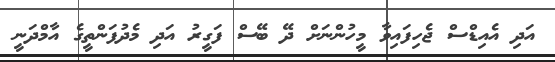
އަދި އެއިޑްސް ޖެހިފައިވާ މީހުންނަށް ދޭ ބޭސް ފަގީރު އަދި މެދުފަންތީގެ އާމްދަނީ